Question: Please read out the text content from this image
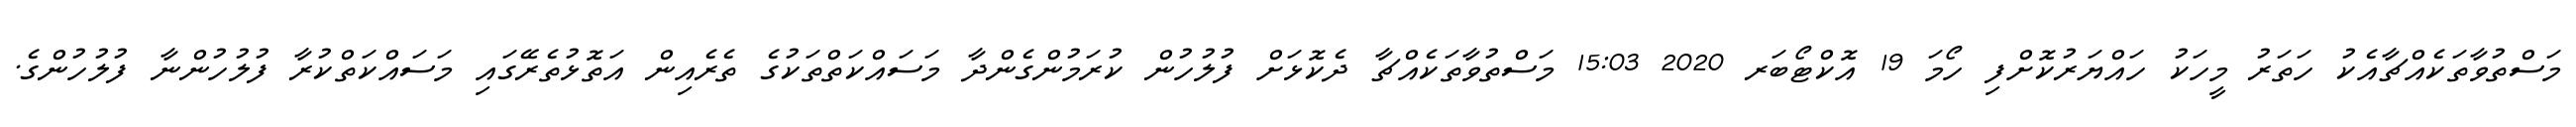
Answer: މަސްތުވާތަކެއްޗާއެކު ހަތަރު މީހަކު ހައްޔަރުކޮށްފި ހޯމަ 19 އޮކްޓޯބަރ 2020 15:03 މަސްތުވާތަކެއްޗާ ދެކޮޅަށް ފުލުހުން ކުރަމުންގެންދާ މަސައްކަތްތަކުގެ ތެރެއިން އަތޮޅުތެރޭގައި މަސައްކަތްކުރާ ފުލުހުންނާ ފުލުހުންގެ.